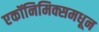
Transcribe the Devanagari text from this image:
एकॉनिमिक्समधून